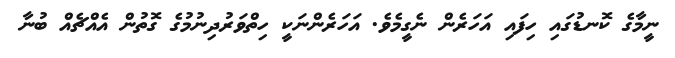
ނީމާގެ ކޮނޑުގައި ހިފައި އަހަރެން ނެގީމެވެ. އަހަރެންނަކީ ހިތްވަރުދިނުމުގެ ގޮތުން އެއްޗެއް ބުނާ